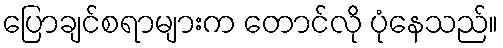
ပြောချင်စရာများက တောင်လို ပုံနေသည်။